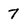
Character: 7